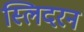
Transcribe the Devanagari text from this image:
स्लिदरन